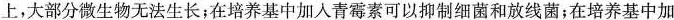
上，大部分微生物无法生长；在培养基中加入青霉素可以抑制细菌和放线菌；在培养基中加